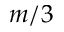
m / 3